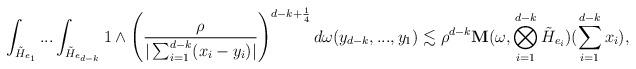
LaTeX: \begin{align*}\int_{\tilde{H}_{e_1}}...\int_{\tilde{H}_{e_{d-k}}}1\wedge \left(\frac{\rho}{|\sum_{i=1}^{d-k}(x_i-y_i)|}\right)^{d-k+\frac{1}{4}}d\omega(y_{d-k},...,y_1)\lesssim\rho^{d-k}\mathbf{M}(\omega,\bigotimes_{i=1}^{d-k} \tilde{H}_{e_i})(\sum_{i=1}^{d-k}x_i),\end{align*}